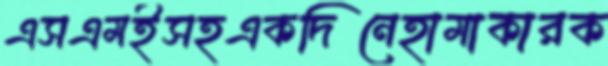
এসএমইসহএকদিনেহামাকারক